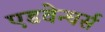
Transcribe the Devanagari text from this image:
एडवेन्चर्स